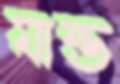
যান্ড